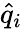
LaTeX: \hat{q}_{i}